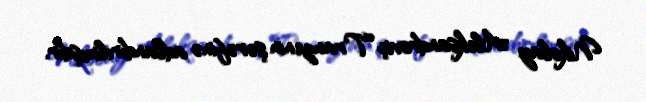
Nikolay Aleksandroviç Tranzenin şərəfinə adlandırılmışdır.